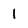
Character: 1